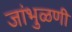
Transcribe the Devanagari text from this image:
जांभुळणी